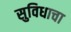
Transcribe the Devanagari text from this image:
सुविधाचा